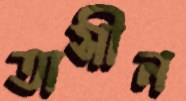
তাসীন